Report on sanitation, dispensaries, and jails in Rajputana for 1919, and on vaccination for the year 1919-1920 - 1919-1920
Year: 1919
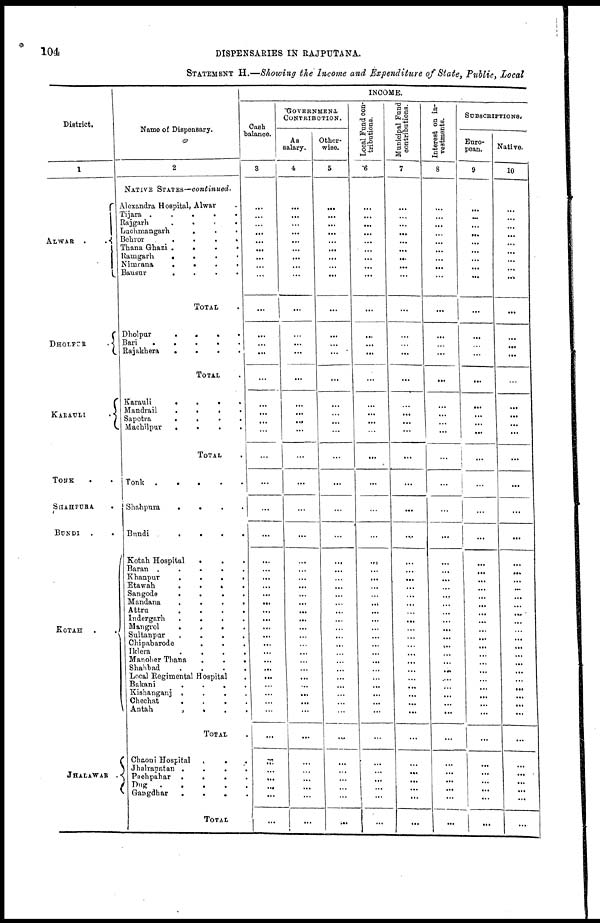
104
DISPENSARIES IN RAJPUTANA.
STATEMENT H.—Showing the Income and Expenditure of State, Public, Local
District.
1
ALWAB
.
.
DHOLPER
.
KARAULI
.
TONK . .
SHAHPURA .
BUNDI .
.
KOTAH .
.
JHALAWAR
.
Name of Dispensary.
2
NATIVE STATES—continued.
Alexandra Hospital, Alwar
Tijara . . . . .
Rajgarh . . . .
Luchmangarh
.
Behror
.
.
.
.
.
Thana Ghazi
.
.
.
Ramgarh
.
.
Nimrana
.
.
.
.
.
Bausar
.
.
.
.
.
TOTAL .
Dholpur
.
.
.
.
Bari
.
.
.
.
Rajakhera . . . . ..
TOTAL
Karauli . . . . .
Mandrail
.
.
.
.
Sapotra
.
.
.
.
Machilpar
.
.
.
.
TOTAL .
Tonk
.
.
.
.
Shahpura
.
.
.
.
Bundi
.
.
.
.
Kotah Hospital . . .
Baran
.
.
.
.
Khanpur
.
.
.
.
Etawah
.
.
.
.
Sangode
.
.
.
.
Mandana
.
.
.
.
Attru
.
.
.
.
Indergarh
.
.
.
.
Mangrol
.
.
.
.
Sultanpur
.
.
.
.
Chipabarode . . .
Iklera
.
.
.
.
Manoher Thana
.
.
.
.
Shahbad
.
.
.
.
Local Regimental Hospital .
Bakani
.
.
.
.
.
Kishanganj . . . . .
Chechat
.
.
.
.
Antah
.
.
.
.
TOTAL .
Chaoni Hospital . . . .
Jhalrapatan
.
.
.
.
Pachpahar
.
.
.
.
Dug
.
.
.
.
Gangdbar
.
.
.
.
TOTAL
INCOME.
Cash
.
balance.
3
...
...
...
...
...
...
...
...
...
...
...
...
...
...
...
...
...
...
...
...
...
...
...
...
...
...
...
...
...
...
...
...
...
...
...
...
...
...
...
...
...
...
...
...
...
...
...
...
GOVERNMENT
CONTRIBUTION.
AS
salary.
1
...
...
...
...
...
...
...
...
...
...
...
...
...
...
...
...
...
...
...
...
...
...
...
...
...
...
...
...
...
...
...
...
...
...
...
...
...
...
...
...
...
...
...
... ...
...
...
...
Other-
wise.
5
...
...
...
...
...
...
...
...
...
...
...
...
...
...
...
...
...
...
...
...
...
...
...
...
...
...
...
...
...
...
... ...
...
... ...
...
...
...
...
...
...
...
...
...
...
...
...
...
Local Fund con-
tributions.
6
...
...
...
...
...
...
...
...
...
...
...
...
...
...
...
...
...
...
...
...
...
...
...
...
...
...
...
...
...
...
...
...
...
...
...
...
...
...
...
...
...
...
...
...
...
...
...
...
Municipal Fund
' contributions.
7
...
...
...
...
...
...
...
...
...
...
...
...
...
...
...
...
...
...
...
...
...
...
...
...
...
...
...
...
...
...
... ...
...
...
...
...
...
...
...
...
...
...
...
...
...
...
...
...
Interest on in-
vestments.
8
...
...
...
...
...
...
...
...
...
...
...
...
...
...
...
...
...
...
...
...
...
...
...
...
...
...
...
...
...
...
...
...
...
...
...
...
....
...
...
...
...
...
...
... ...
...
...
...
SUBSCRIPTIONS.
Euro-
pean.
9
...
...
...
...
...
...
...
...
...
...
...
...
...
...
...
...
...
...
...
...
...
...
...
...
...
...
...
...
...
...
...
...
...
...
...
...
...
...
...
...
...
...
...
...
...
...
...
...
Native.
10
...
...
...
...
...
...
...
...
...
...
...
...
...
...
...
...
...
...
...
...
...
...
...
...
...
...
...
...
...
...
... ...
...
...
...
...
...
...
...
...
...
...
...
...
...
...
...
...